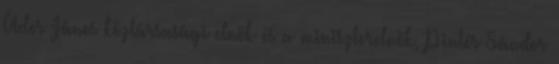
Áder János köztársasági elnök és a miniszterelnök, Pintér Sándor